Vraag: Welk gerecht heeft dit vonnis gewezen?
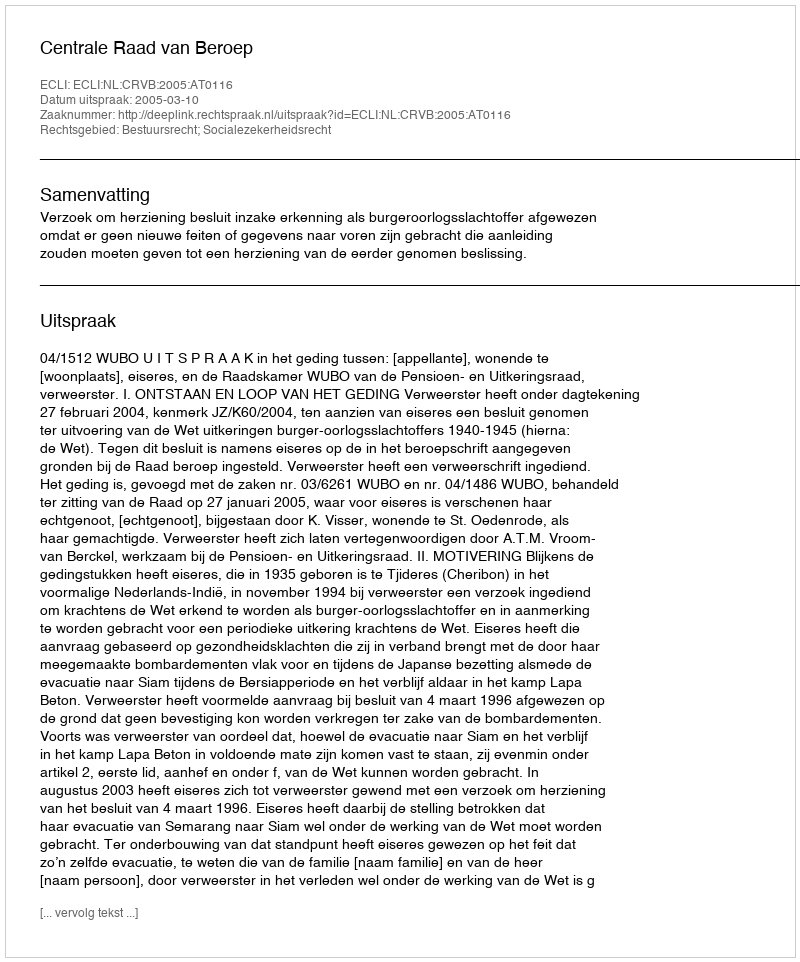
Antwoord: Centrale Raad van Beroep